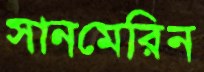
সানমেরিন